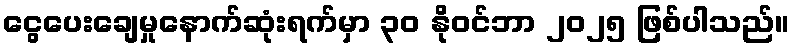
ငွေပေးချေမှုနောက်ဆုံးရက်မှာ ၃၀ နိုဝင်ဘာ ၂၀၂၅ ဖြစ်ပါသည်။